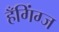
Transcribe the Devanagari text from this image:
हँगिंग्ज